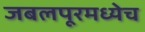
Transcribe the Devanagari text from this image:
जबलपूरमध्येच